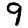
Digit: 9